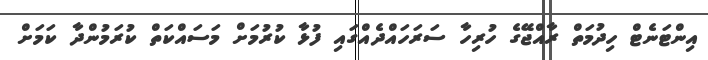
އިންޓަނެޓް ހިދުމަތް ރާއްޖޭގެ ހުރިހާ ސަރަހައްދެއްގައި ފުޅާ ކުރުމަށް މަސައްކަތް ކުރަމުންދާ ކަމަށް